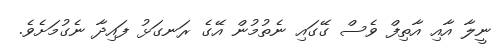
ނީލާ އާއި އާތިފް ވެސް ގޭގައި ނެތުމުން އޭގެ ރަނގަޅު ފައިދާ ނެގުމަށެވެ.